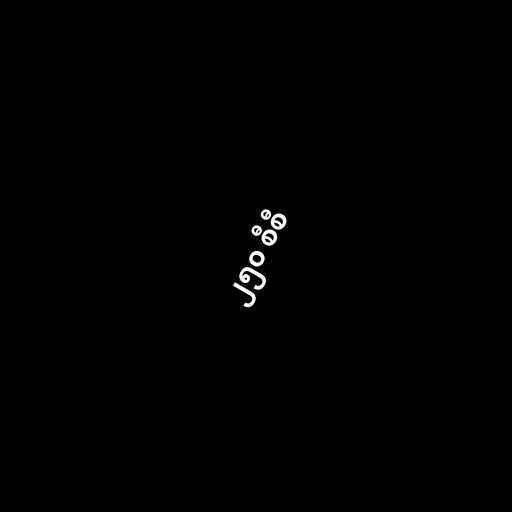
၂၅၀ စီစီ